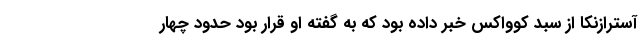
آسترازنکا از سبد کوواکس خبر داده بود که به گفته او قرار بود حدود چهار